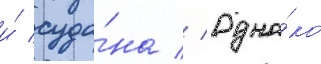
и́ суда́на // Одна́ко